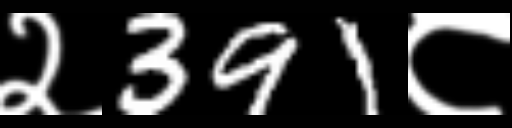
Text: २391८